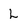
Character: L